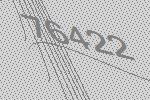
76422